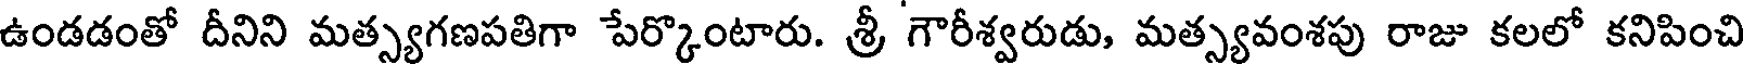
ఉండడంతో దీనిని మత్స్యగణపతిగా పేర్కొంటారు. శ్రీ గౌరీశ్వరుడు, మత్స్యవంశపు రాజు కలలో కనిపించి